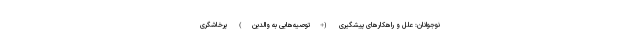
نوجوانان: علل و راهکارهای پیشگیری (+توصیه‌هایی به والدین) پرخاشگری